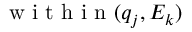
\mathrm { ~ w ~ i ~ t ~ h ~ i ~ n ~ } ( q _ { j } , E _ { k } )